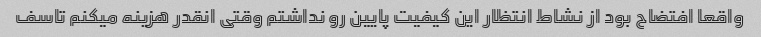
واقعا افتضاح بود از نشاط انتظار این کیفیت پایین رو نداشتم وقتی انقدر هزینه میکنم تاسف